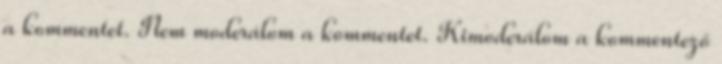
a kommentet. Nem moderálom a kommentet. Kimoderálom a kommentező